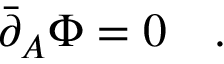
\bar { \partial } _ { A } \Phi = 0 \quad .